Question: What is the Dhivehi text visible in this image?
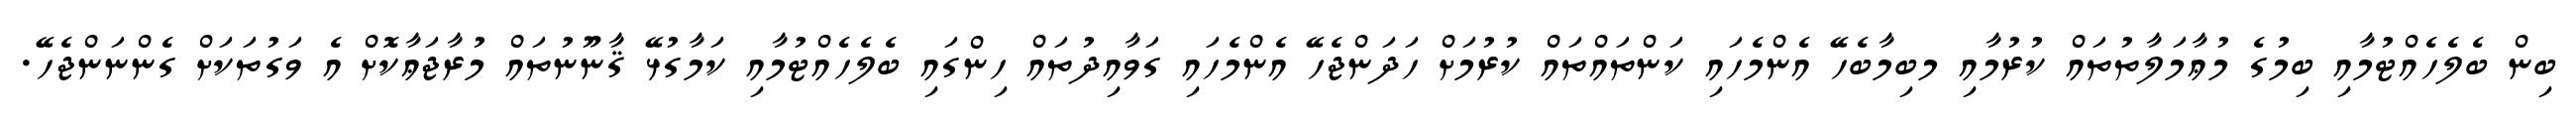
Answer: ބިން ބެލެހެއްޓުމާއި ބިމުގެ މުޢާމަލާތުތައް ކުރުމާއި މބިމާބެހޭ އެންމެހައި ކަންތައްތައް ކުރުމަށް ހަދަންޖެހޭ އެންމެހައި ގަވާއިދުތައް ހިންގައި ބެލެހެއްޓުމާއި ކަމާގުޅޭ ޤާނޫނުތައް މުރާޖަޢާކޮށް އެ ވަގުތަކަށް ގެންނަންޖެހޭ.